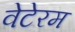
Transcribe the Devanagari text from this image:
वेटेरम